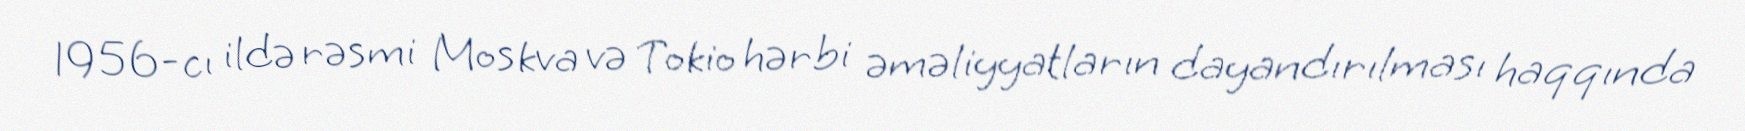
1956-cı ildə rəsmi Moskva və Tokio hərbi əməliyyatların dayandırılması haqqında